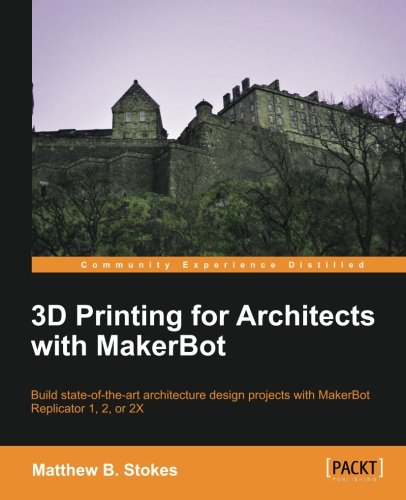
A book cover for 3D Printing for Architects with MakerBot; Matthew B. Stokes; Computers & Technology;